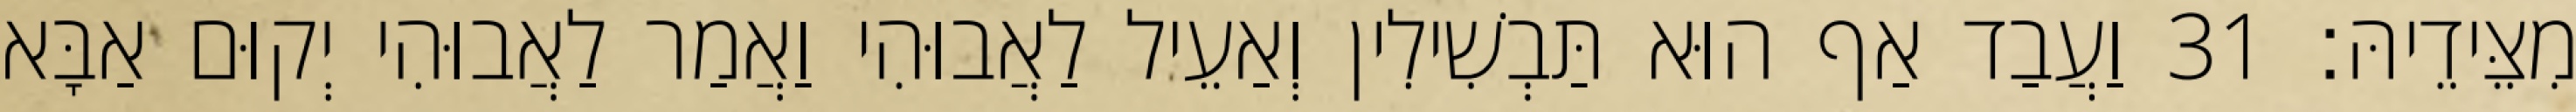
מִצֵּידֵיהּ׃ 31 וַעֲבַד אַף הוּא תַּבְשִׁילִין וְאַעֵיל לַאֲבוּהִי וַאֲמַר לַאֲבוּהִי יְקוּם אַבָּא